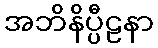
အဘိနိပ္ပီဠနာ